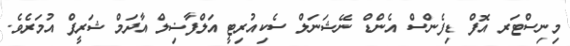
މިނިސްޓަރ އޮފް ޑިފެންސް އެންޑް ނޭޝަނަލް ސެކިއުރިޓީ އަލްފާޟިލް އާދަމް ޝަރީފް އުމަރެވެ.